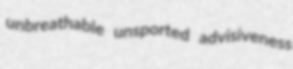
unbreathable unsported advisiveness